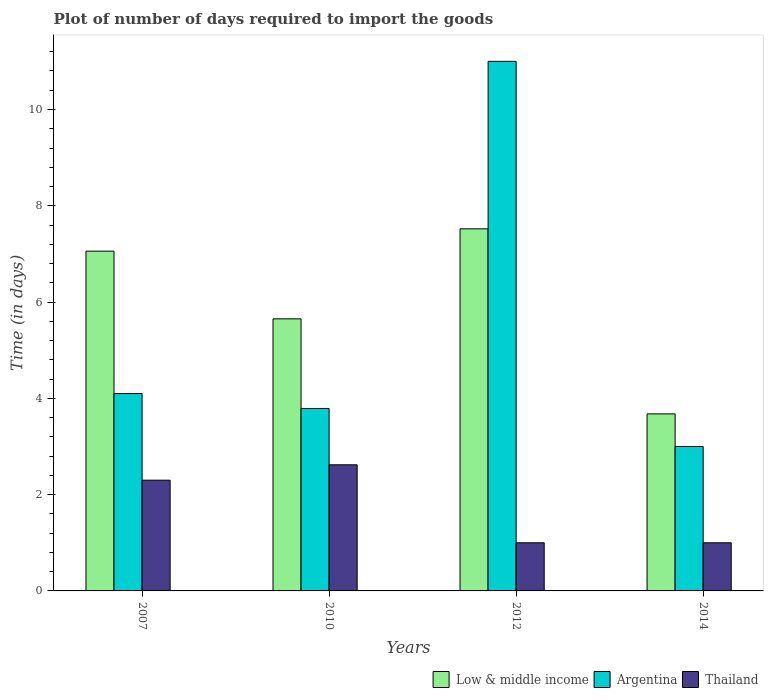
| Years | Low & middle income | Argentina | Thailand |
 | --- | --- | --- | --- |
 | 2007 | 7.06 | 4.1 | 2.3 |
 | 2010 | 5.65 | 3.79 | 2.62 |
 | 2012 | 7.52 | 11 | 1 |
 | 2014 | 3.68 | 3 | 1 |